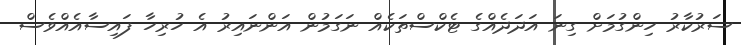
ސަރުކާރު ހިންގުމަށް ގިނަ އަދަދެއްގެ ޓެކްސްތަކެއް ނަގަމުން އަންނައިރު އެ ހުރިހާ ފައިސާއެއްވެސް